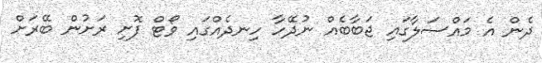
ދެން އެ މައްސަލާގައި ޖަބާބެއް ނުދޭހާ ހިނދެއްގައި ވޯޓް ފޮށި ރަށުން ބޭރަށް